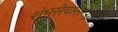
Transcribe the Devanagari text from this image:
शंभुसेवासम्पूरितं